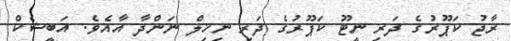
ރާޖު ކަޕޫރުގެ ދަރި ނީޓޫ ކަޕޫރުގެ ދަރި ނިޚިލް ނަންދާ އާއެވެ. އަބީޝެކް